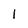
Character: 1